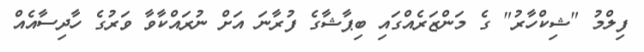
ފިލްމު "ޝިކްހާރު" ގެ މަންޒަރެއްގައި ބިޕާޝާގެ ފުރާނަ އަށް ނުރައްކާވާ ވަރުގެ ހާދިސާއެއް